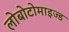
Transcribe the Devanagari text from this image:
लोबोटोमाइज्ड